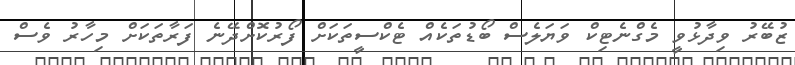
ޒުބޭރު ވިދާޅުވީ މެގްނެޓިކް ވަޔަލެސް ބޯޑުތަކެއް ޓެކްސީތަކަށް ފޯރުކޮށްދޭނެ ފަރާތަކަށް މިހާރު ވެސް